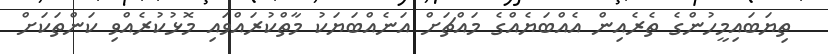
ތިޔަބައިމީހުންގެ ތެރެއިން އެއްބަޔެއްގެ މައްޗަށް އަނެއްބަޔަކު މާތްކުރައްވައި މޮޅުކުރެއްވި ކަންތަކަށް